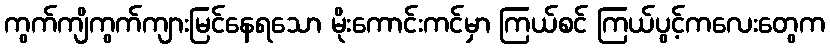
ကွက်ကျိကွက်ကျားမြင်နေရသော မိုးကောင်းကင်မှာ ကြယ်စင် ကြယ်ပွင့်ကလေးတွေက